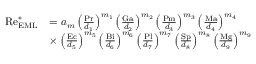
\begin{array} { r l } { \mathrm { R e } _ { \mathrm { E M L } } ^ { \ast } } & { = a _ { m } \left( \frac { \mathrm { P r } } { d _ { 1 } } \right) ^ { m _ { 1 } } \left( \frac { \mathrm { G a } } { d _ { 2 } } \right) ^ { m _ { 2 } } \left( \frac { \mathrm { P m } } { d _ { 3 } } \right) ^ { m _ { 3 } } \left( \frac { \mathrm { M a } } { d _ { 4 } } \right) ^ { m _ { 4 } } } \\ & { \times \left( \frac { \mathrm { E c } } { d _ { 5 } } \right) ^ { m _ { 5 } } \left( \frac { \mathrm { B i } } { d _ { 6 } } \right) ^ { m _ { 6 } } \left( \frac { \mathrm { P l } } { d _ { 7 } } \right) ^ { m _ { 7 } } \left( \frac { \mathrm { S p } } { d _ { 8 } } \right) ^ { m _ { 8 } } \left( \frac { \mathrm { M g } } { d _ { 9 } } \right) ^ { m _ { 9 } } } \end{array}